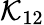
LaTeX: \mathcal{K}_{12}